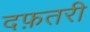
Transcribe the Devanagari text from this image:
दफ़तरी